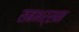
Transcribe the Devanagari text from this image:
सबभर्सन